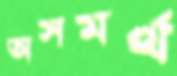
অসমর্থ